Civil Veterinary Department ledger series I-VI
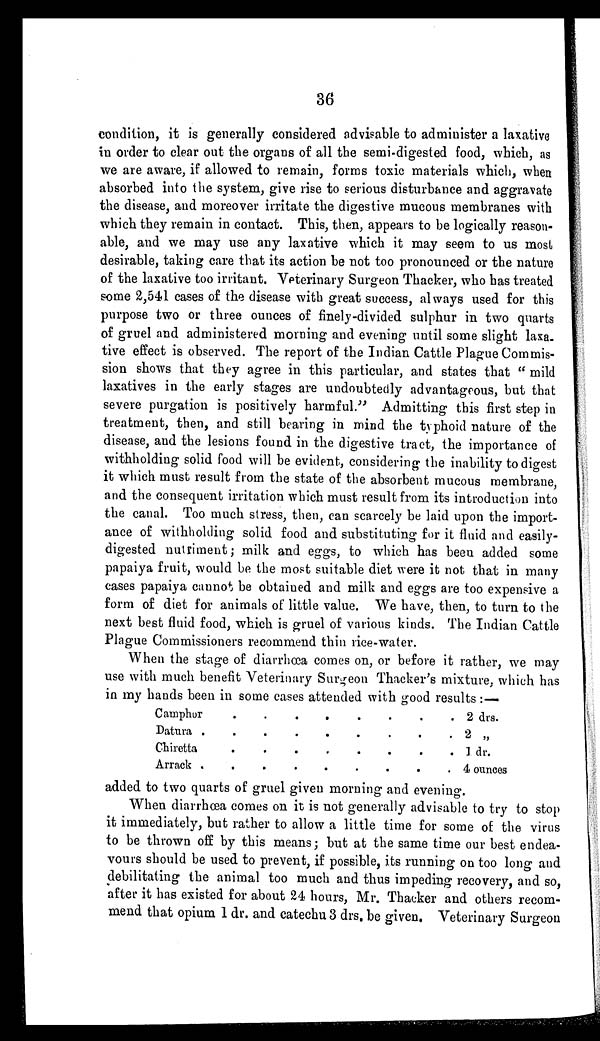
36
condition, it is generally considered advisable to administer a laxative
in order to clear out the organs of all the semi-digested food, which, as
we are aware, if allowed to remain, forms toxic materials which, when
absorbed into the system, give rise to serious disturbance and aggravate
the disease, and moreover irritate the digestive mucous membranes with
which they remain in contact. This, then, appears to be logically reason-
able, and we may use any laxative which it may seem to us most
desirable, taking care that its action be not too pronounced or the nature
of the laxative too irritant. Veterinary Surgeon Thacker, who has treated
some 2,541 cases of the disease with great success, always used for this
purpose two or three ounces of finely-divided sulphur in two quarts
of gruel and administered morning and evening until some slight laxa-
tive effect is observed. The report of the Indian Cattle Plague Commis-
sion shows that they agree in this particular, and states that "mild
laxatives in the early stages are undoubtedly advantageous, but that
severe purgation is positively harmful." Admitting this first step in
treatment, then, and still bearing in mind the typhoid nature of the
disease, and the lesions found in the digestive tract, the importance of
withholding solid food will be evident, considering the inability to digest
it which must result from the state of the absorbent mucous membrane,
and the consequent irritation which must result from its introduction into
the canal. Too much stress, then, can scarcely be laid upon the import-
ance of withholding solid food and substituting for it fluid and easily-
digested nutriment; milk and eggs, to which has been added some
papaiya fruit, would be the most suitable diet were it not that in many
cases papaiya cannot be obtained and milk and eggs are too expensive a
form of diet for animals of little value. We have, then, to turn to the
next best fluid food, which is gruel of various kinds. The Indian Cattle
Plague Commissioners recommend thin rice-water.
When the stage of diarrhœa comes on, or before it rather, we may
use with much benefit Veterinary Surgeon Thacker's mixture, which has
in my hands been in some cases attended with good results:—
Camphor
Datura
Chiretta
Arrack
.
.
.
.
.
.
.
.
.
.
.
.
.
.
.
.
.
.
.
.
.
.
.
.
.
.
.
.
.
.
.
.
2 drs.
2 „
1 dr.
4 ounces
added to two quarts of gruel given morning and evening.
When diarrhœa comes on it is not generally advisable to try to stop
it immediately, but rather to allow a little time for some of the virus
to be thrown off by this means; but at the same time our best endea-
vours should be used to prevent, if possible, its running on too long and
debilitating the animal too much and thus impeding recovery, and so,
after it has existed for about 24 hours, Mr. Thacker and others recom-
mend that opium 1 dr. and catechu 3 drs. be given. Veterinary Surgeon